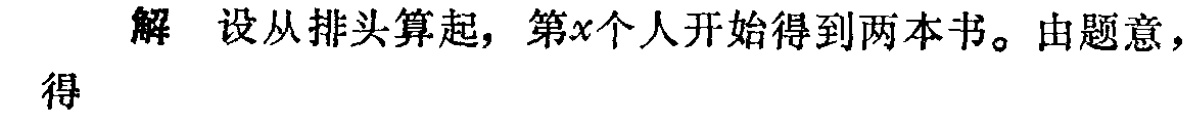
解 设从排头算起，第\(x\)个人开始得到两本书。由题意，得